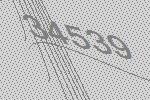
34539